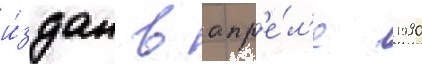
и́здан в апр'е́л'е 1990